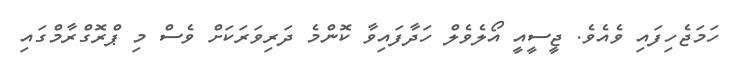
ހަމަޖެހިފައި ވެއެވެ. ޖީސީއީ އޯލެވެލް ހަދާފައިވާ ކޮންމެ ދަރިވަރަކަށް ވެސް މި ޕްރޮގްރާމްގައި